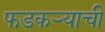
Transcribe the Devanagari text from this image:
फडकऱ्याची